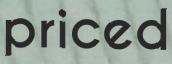
priced